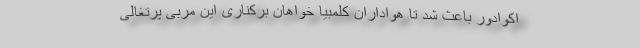
اکوادور باعث شد تا هواداران کلمبیا خواهان برکناری این مربی پرتغالی